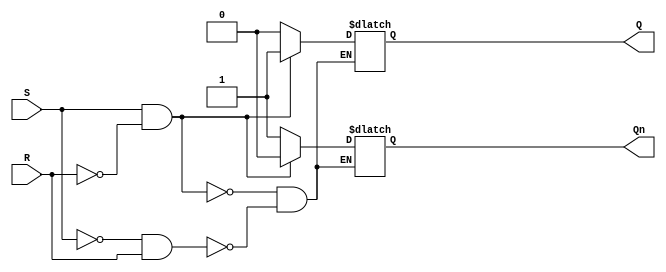
module sr_ff (
    input S,        // set input
    input R,        // reset input
    output reg Q,   // Q output
    output reg Qn   // Q' output (complement of Q)
);
    
always @(S, R) begin
    if (S == 1 && R == 0) begin
        Q <= 1;    // set Q to 1
        Qn <= 0;   // set Q' to 0
    end else if (S == 0 && R == 1) begin
        Q <= 0;    // reset Q to 0
        Qn <= 1;   // set Q' to 1
    end
end

endmodule